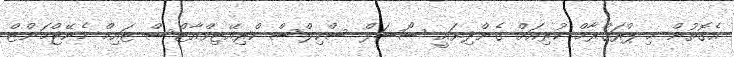
އެގޮތުން މި ޕްރަގްރާމް ކުރިއަށް ގެންދިޔައީ ސޯޝަލް ސްކިލްސް ކްރިއޭޓިވްއާޓްސް ޓައިމް މެނޭޖްމަންޓް